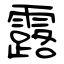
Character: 露